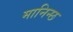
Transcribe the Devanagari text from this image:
मानिन्छ